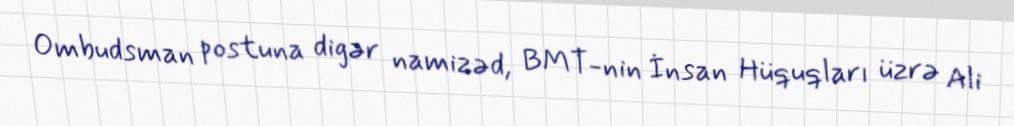
Ombudsman postuna digər namizəd, BMT-nin İnsan Hüquqları üzrə Ali